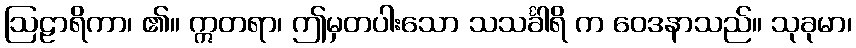
ဩဠာရိကာ၊ ၏။ ဣတရာ၊ ဤမှတပါးသော သသင်္ခါရိ က ဝေဒနာသည်။ သုခုမာ၊